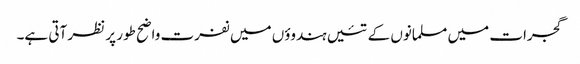
گجرات میں مسلمانوں کے تئیں ہندوؤں میں نفرت واضح طور پر نظر آتی ہے۔